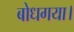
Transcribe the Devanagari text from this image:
बोधगया।